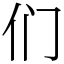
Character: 们